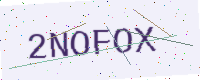
Text: 2NOFOX